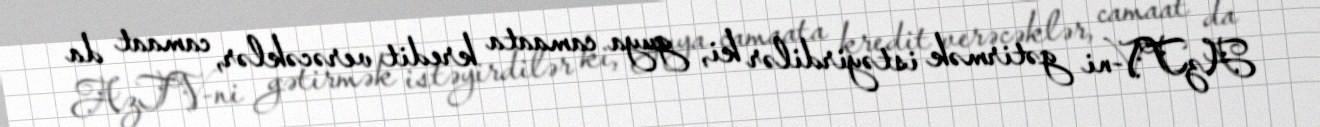
AzTV-ni gətirmək istəyirdilər ki, guya camaata kredit verəcəklər, camaat da